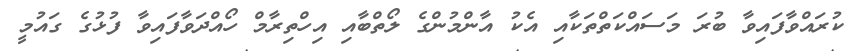
ކުރައްވާފައިވާ ބުރަ މަސައްކަތްތަކާއި އެކު އާންމުންގެ ލޯތްބާއި އިހްތިރާމް ހޯއްދަވާފައިވާ ފުޅުގެ ގައުމީ